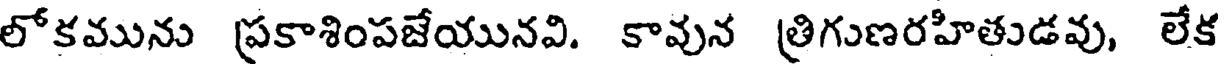
లోకమును ప్రకాశింపజేయునవి. కావున త్రిగుణరహితుడవు, లేక